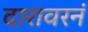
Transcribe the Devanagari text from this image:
दारावरनं